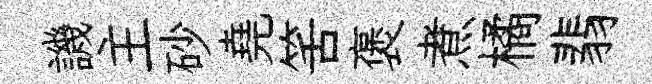
譏主砂堯筈褒煮橘翡